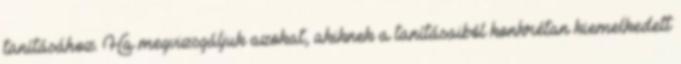
tanításához. Ha megvizsgáljuk azokat, akiknek a tanításaiból konkrétan kiemelkedett